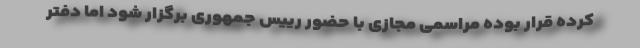
کرده قرار بوده مراسمی مجازی با حضور رییس جمهوری برگزار شود اما دفتر